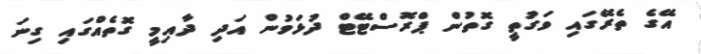
އޭގެ ތެރޭގައި ވަގުތީ ގޮތުން ޕްރޮސްޓޭޓް ދުޅަވުން އަދި ދާއިމީ ގޮތެއްގައި ގިނަ